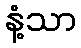
နံ့သာ